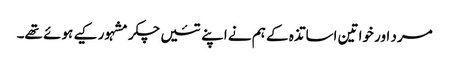
مرد اور خواتین اساتذہ کے ہم نے اپنے تئیں چکر مشہور کیے ہوئے تھے۔